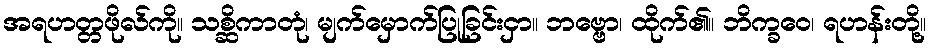
အရဟတ္တဖိုလ်ကို။ သစ္ဆိကာတုံ၊ မျက်မှောက်ပြုခြင်းငှာ။ ဘဗ္ဗော၊ ထိုက်၏။ ဘိက္ခဝေ၊ ရဟန်းတို့။